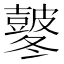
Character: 𭽸